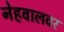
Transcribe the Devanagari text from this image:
नेहवालवर